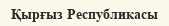
Қырғыз Республикасы